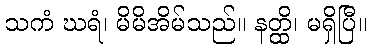
သကံ ဃရံ၊ မိမိအိမ်သည်။ နတ္ထိ၊ မရှိပြီ။